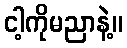
ငါ့ကိုမညာနဲ့။